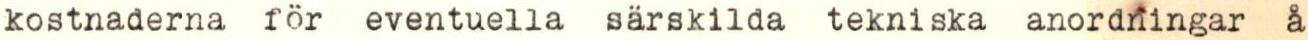
kostnaderna för eventuella särskilda tekniska anordningar å